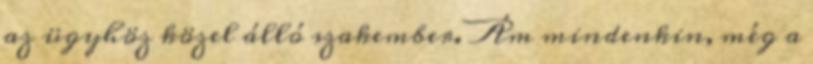
az ügyhöz közel álló szakember. Ám mindenkin, még a